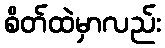
စိတ်ထဲမှာလည်း